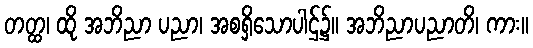
တတ္ထ၊ ထို အဘိညာ ပညာ၊ အစရှိသောပါဌ်၌။ အဘိညာပညာတိ၊ ကား။